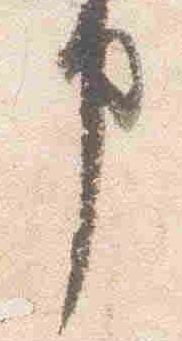
申